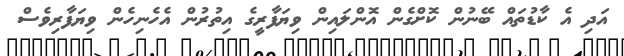
އަދި އެ ކާޑުތައް ބޭނުން ކޮށްގެން އޮންލައިން ވިޔަފާރީގެ އިތުރުން އެހެނިހެން ވިޔަފާރިވެސް